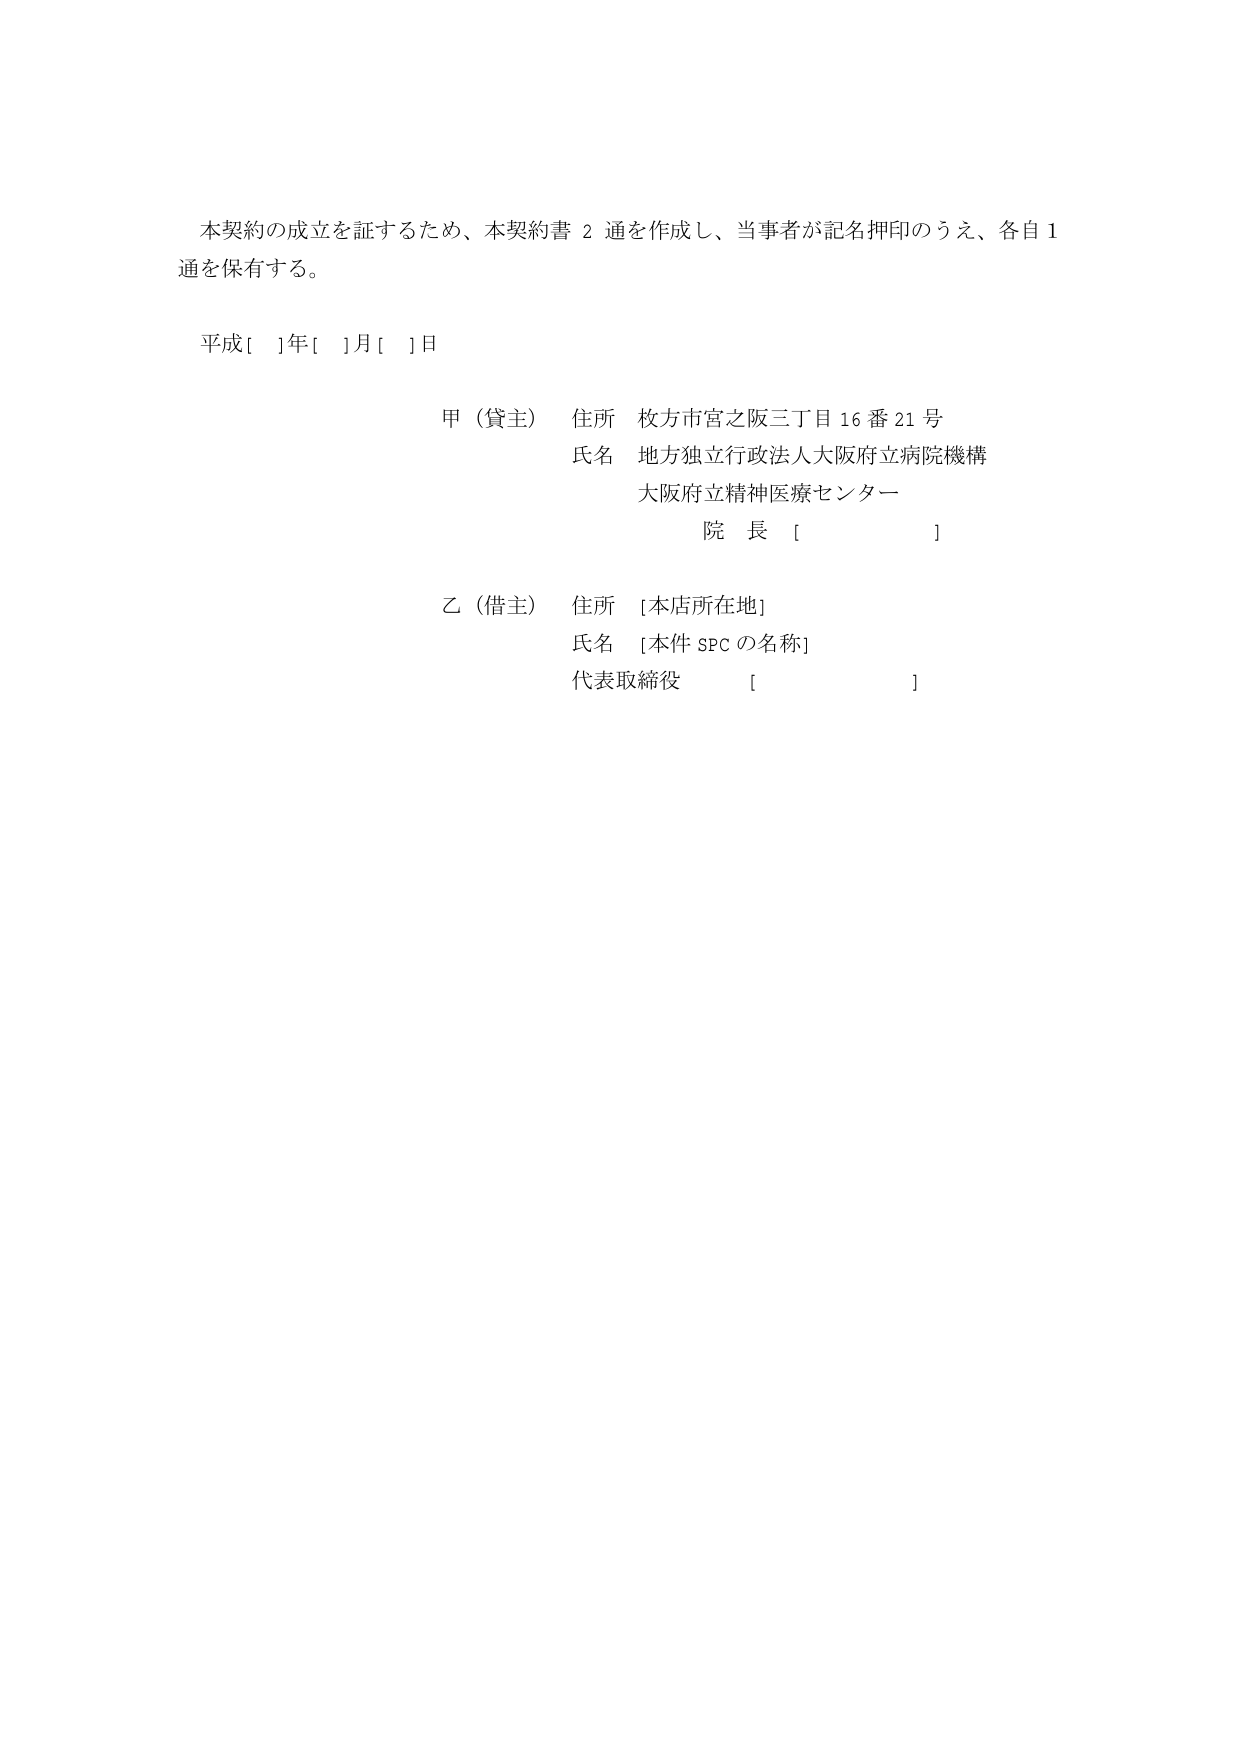
本契約の成立を証するため、本契約書 2 通を作成し、当事者が記名押印のうえ、各自 1 通を保有する。

平成[ ]年[ ]月[ ]日

甲（貸主） 住所 枚方市宮之阪三丁目 16 番 21 号
氏名 地方独立行政法人大阪府立病院機構
大阪府立精神医療センター
院長 [ ]

乙（借主） 住所 [本店所在地]
氏名 [本件 SPC の名称]
代表取締役 [ ]